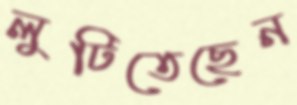
লুটিতেছেন